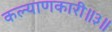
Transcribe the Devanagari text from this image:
कल्याणकारी॥३॥